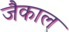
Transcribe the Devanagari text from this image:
जैकाल